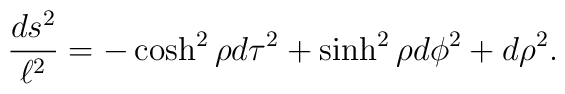
{ds^{2}\over \ell^{2}}=-\cosh^{2}\rho d\tau^2+\sinh^{2}\rho d\phi^{2}+d\rho^{2}.